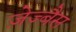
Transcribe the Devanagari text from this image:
ज़ेज्बैस